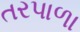
તરપાળા